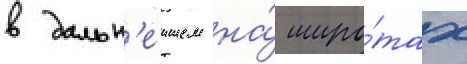
в дальн'еишем на́ широ́тах